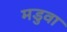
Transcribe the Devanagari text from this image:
मडुवा